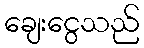
ချေးငွေသည်